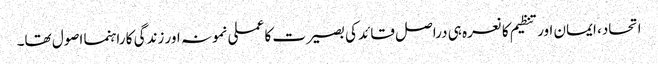
اتحاد، ایمان اور تنظیم کا نعرہ ہی دراصل قائد کی بصیرت کا عملی نمونہ اور زندگی کا راہنما اصول تھا۔